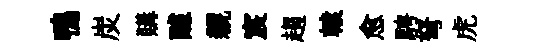
鴨炭購醵親宸趨轅愈騁弩虎